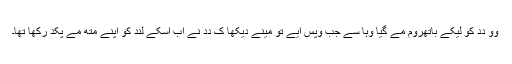
وو دِدِ کو لیکے باتھرُوم مے گیا وہا سے جب وپس اَیے تو مینے دیکھا کِ دِدِ نے اَب اُسکے لُند کو اَپنے مُتھِ مے پکد رکھا تھا۔